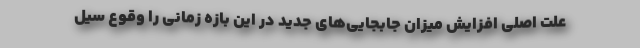
علت اصلی افزایش میزان جابجایی‌های جدید در این بازه زمانی را وقوع سیل